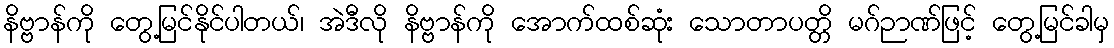
နိဗ္ဗာန်ကို တွေ့မြင်နိုင်ပါတယ်၊ အဲဒီလို နိဗ္ဗာန်ကို အောက်ထစ်ဆုံး သောတာပတ္တိ မဂ်ဉာဏ်ဖြင့် တွေ့မြင်ခါမှ